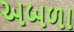
અબળા